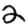
Digit: 2